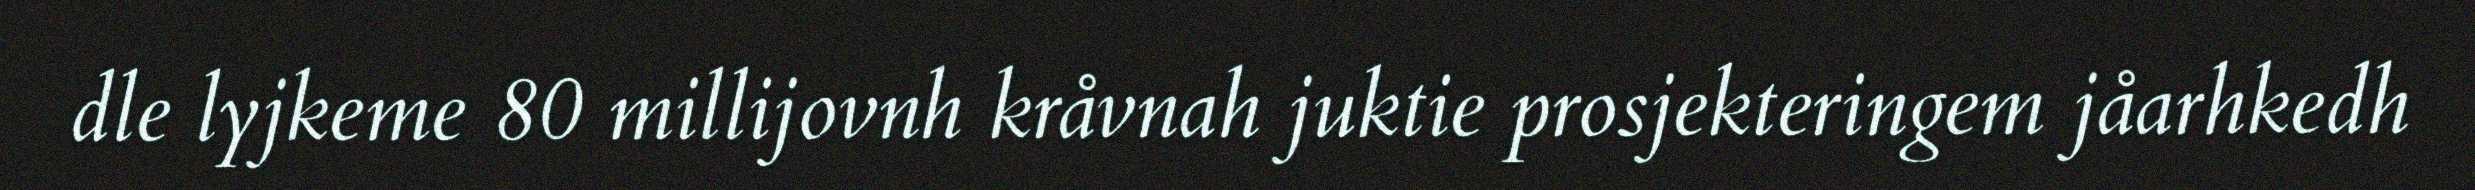
dle lyjkeme 80 millijovnh kråvnah juktie prosjekteringem jåarhkedh